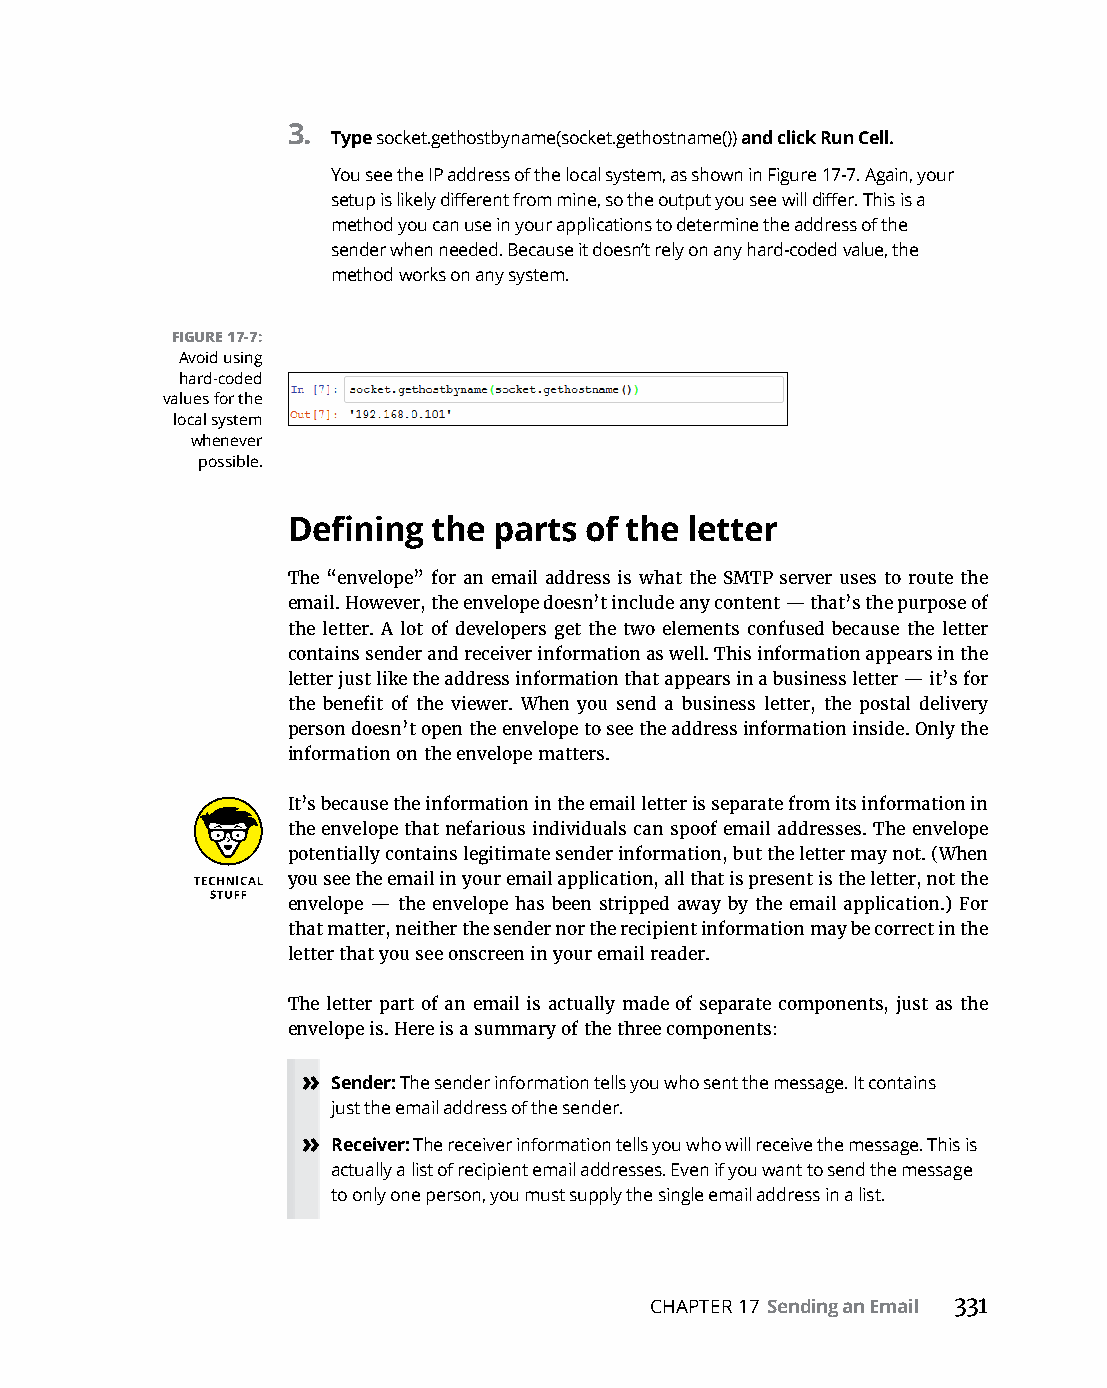
3.
 Type socket.gethostbyname(socket.gethostname()) and click Run Cell.
 You see the IP address of the local system, as shown in Figure 17-7. Again, your
 setup is likely different from mine, so the output you see will differ. This is a
 method you can use in your applications to determine the address of the
 sender when needed. Because it doesn’t rely on any hard-coded value, the
 method works on any system.
 FIGURE 17-7:
 Avoid using
 hard-coded
 values for the
 local system
 whenever
 possible.
 Defining  the parts of the letter
 The “envelope” for an email address is what the SMTP server uses to route the
 email. However, the envelope doesn’t include any content — that’s the purpose of
 the letter. A lot of developers get the two elements confused because the letter
 contains sender and receiver information as well. This information appears in the
 letter just like the address information that appears in a business letter — it’s for
 the benefit of the viewer. When you send a business letter, the postal delivery
 person doesn’t open the envelope to see the address information inside. Only the
 information on the envelope matters.
 It’s because the information in the email letter is separate from its information in
 the envelope that nefarious individuals can spoof email addresses. The envelope
 potentially contains legitimate sender information, but the letter may not. (When
 you see the email in your email application, all that is present is the letter, not the
 envelope — the envelope has been stripped away by the email application.) For
 that matter, neither the sender nor the recipient information may be correct in the
 letter that you see onscreen in your email reader.
 The letter part of an email is actually made of separate components, just as the
 envelope is. Here is a summary of the three components:
 » Sender: The sender information tells you who sent the message. It contains
 just the email address of the sender.
 » Receiver: The receiver information tells you who will receive the message. This is
 actually a list of recipient email addresses. Even if you want to send the message
 to only one person, you must supply the single email address in a list.
 CHAPTER 17 Sending an Email 331